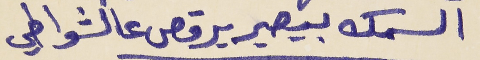
السمك بيصير يرقص عالشواطي